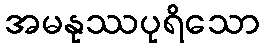
အမနုဿပုရိသော